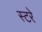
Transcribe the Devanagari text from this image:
स्टरे